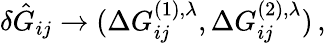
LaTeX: \begin{array}{r}{\delta\hat{G}_{ij}\rightarrow(\Delta G_{ij}^{(1),\lambda},\Delta G_{ij}^{(2),\lambda})\, ,}\end{array}